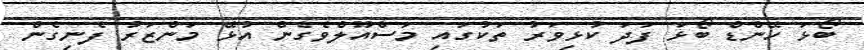
ބޯޅަ ހޭންޑް ބޯޅަ ފަދަ ކުޅިވަރު ތަކުގައި މަސްއޫލްވެގެން އުޅޭ މަންޒަރު ފެނިގެން